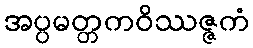
အပ္ပမတ္တကဝိဿဇ္ဇကံ